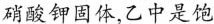
硝酸钾固体，乙中是饱